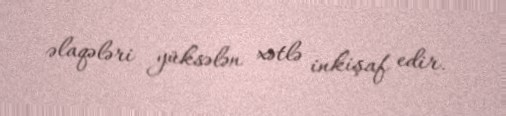
əlaqələri yüksələn xətlə inkişaf edir.